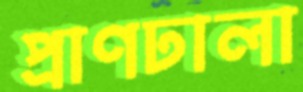
প্রাণঢালা